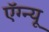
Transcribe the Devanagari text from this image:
ऍग्न्यू